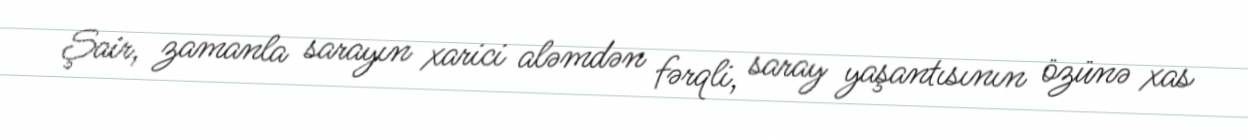
Şair, zamanla sarayın xarici aləmdən fərqli, saray yaşantısının özünə xas